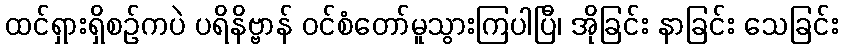
ထင်ရှားရှိစဉ်ကပဲ ပရိနိဗ္ဗာန် ဝင်စံတော်မူသွားကြပါပြီ၊ အိုခြင်း နာခြင်း သေခြင်း